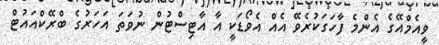
ވީއެމްއޭގެ އެންމެ ފާހަގަކުރެވޭ އެއް އެވޯޑަކީ އާ އާޓިސްޓުން ނުވަތަ އަހަރުގެ ބްރޭކްއައުޓް